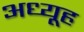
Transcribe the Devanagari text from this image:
अध्यूह